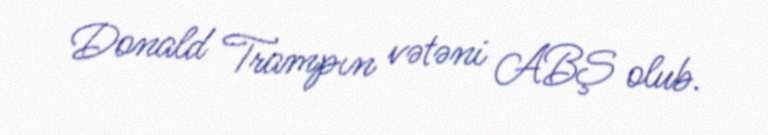
Donald Trampın vətəni ABŞ olub.